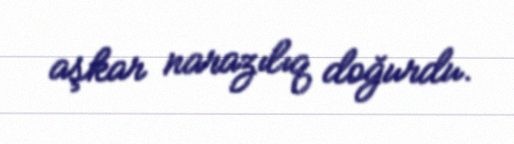
aşkar narazılıq doğurdu.